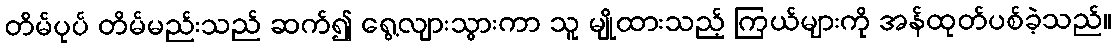
တိမ်ပုပ် တိမ်မည်းသည် ဆက်၍ ရွေ့လျားသွားကာ သူ မျိုထားသည့် ကြယ်များကို အန်ထုတ်ပစ်ခဲ့သည်။